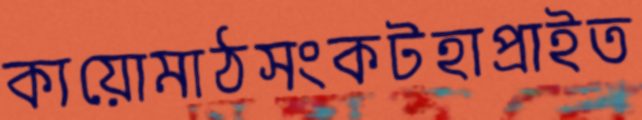
কায়োমাঠসংকটহাপ্‌রাইত